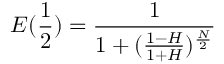
E ( \small \frac { 1 } { 2 } ) = \frac { 1 } { 1 + ( \frac { 1 - H } { 1 + H } ) ^ { \frac { N } { 2 } } }